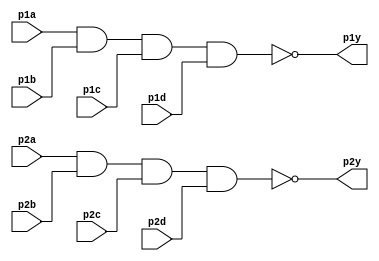
// This program was cloned from: https://github.com/matthewdelorenzo/CreativEval
// License: BSD 3-Clause "New" or "Revised" License

module top_module ( 
    input p1a, p1b, p1c, p1d,
    output p1y,
    input p2a, p2b, p2c, p2d,
    output p2y );

    assign p1y = ~(p1a & p1b & p1c & p1d);
    assign p2y = ~(p2a & p2b & p2c & p2d);

endmodule